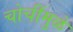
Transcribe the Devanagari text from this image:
चोचींमुळे